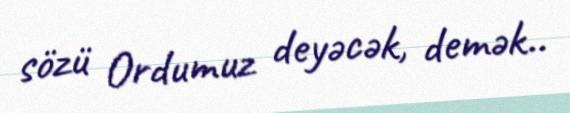
sözü Ordumuz deyəcək, demək..